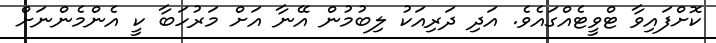
ކޮށްފައިވާ ޓްވީޓެއްގައެވެ. އަދި ދަރިއަކު ލިބުމުން އޭނާ އަށް މަރުހަބާ ކީ އެންމެންނަށް